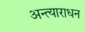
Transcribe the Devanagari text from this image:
अन्त्याराधन